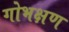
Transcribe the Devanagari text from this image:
गोभक्षण